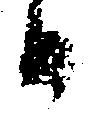
候